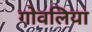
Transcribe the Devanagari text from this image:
गोवलिया